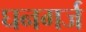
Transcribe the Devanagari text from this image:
घनगर्ज